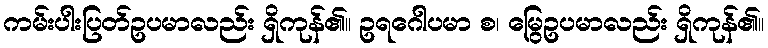
ကမ်းပါးပြတ်ဥပမာလည်း ရှိကုန်၏။ ဥရဂေါပမာ စ၊ မြွေဥပမာလည်း ရှိကုန်၏။